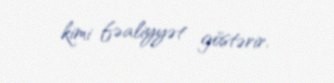
kimi fəaliyyət göstərir.